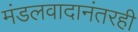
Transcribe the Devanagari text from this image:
मंडलवादानंतरही